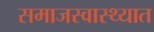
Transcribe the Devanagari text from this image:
समाजस्वास्थ्यात